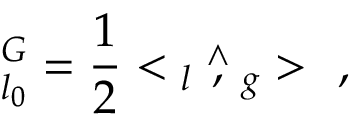
\O _ { l _ { 0 } } ^ { G } = \frac { 1 } { 2 } < \o _ { l } \stackrel { \wedge } { , } \o _ { g } > \ \ ,